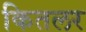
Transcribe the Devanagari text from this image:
कितलर